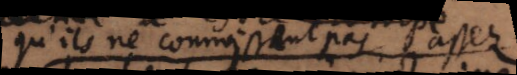
qu’ils ne connoissent pas assez